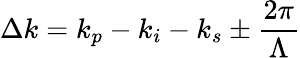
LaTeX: \Delta k=k_{p}-k_{i}-k_{s}\pm\frac{2\pi}{\Lambda}